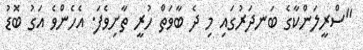
"ސްރީލަންކާގެ ބަނދަރުގައި މި ދެ ބާވަތް ހުރީ ތާށިވެފަ. އެހެންވެ އަގު ބޮޑު